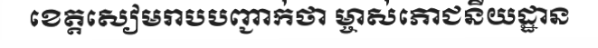
ខេត្តសៀមរាបបញ្ជាក់ថា ម្ចាស់ភោជនីយដ្ឋាន